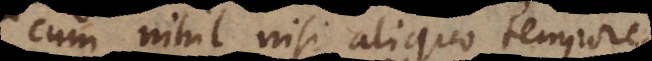
cum nihil nisi aliquo tempo